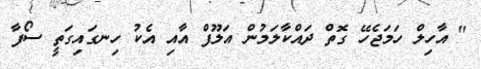
" އާހިލް ހަމަޖެހޭ ގޮތް ދައްކާލަމުން އަލޫފް އާއި އެކު ހިނގައިގަތީ ސޯފާ